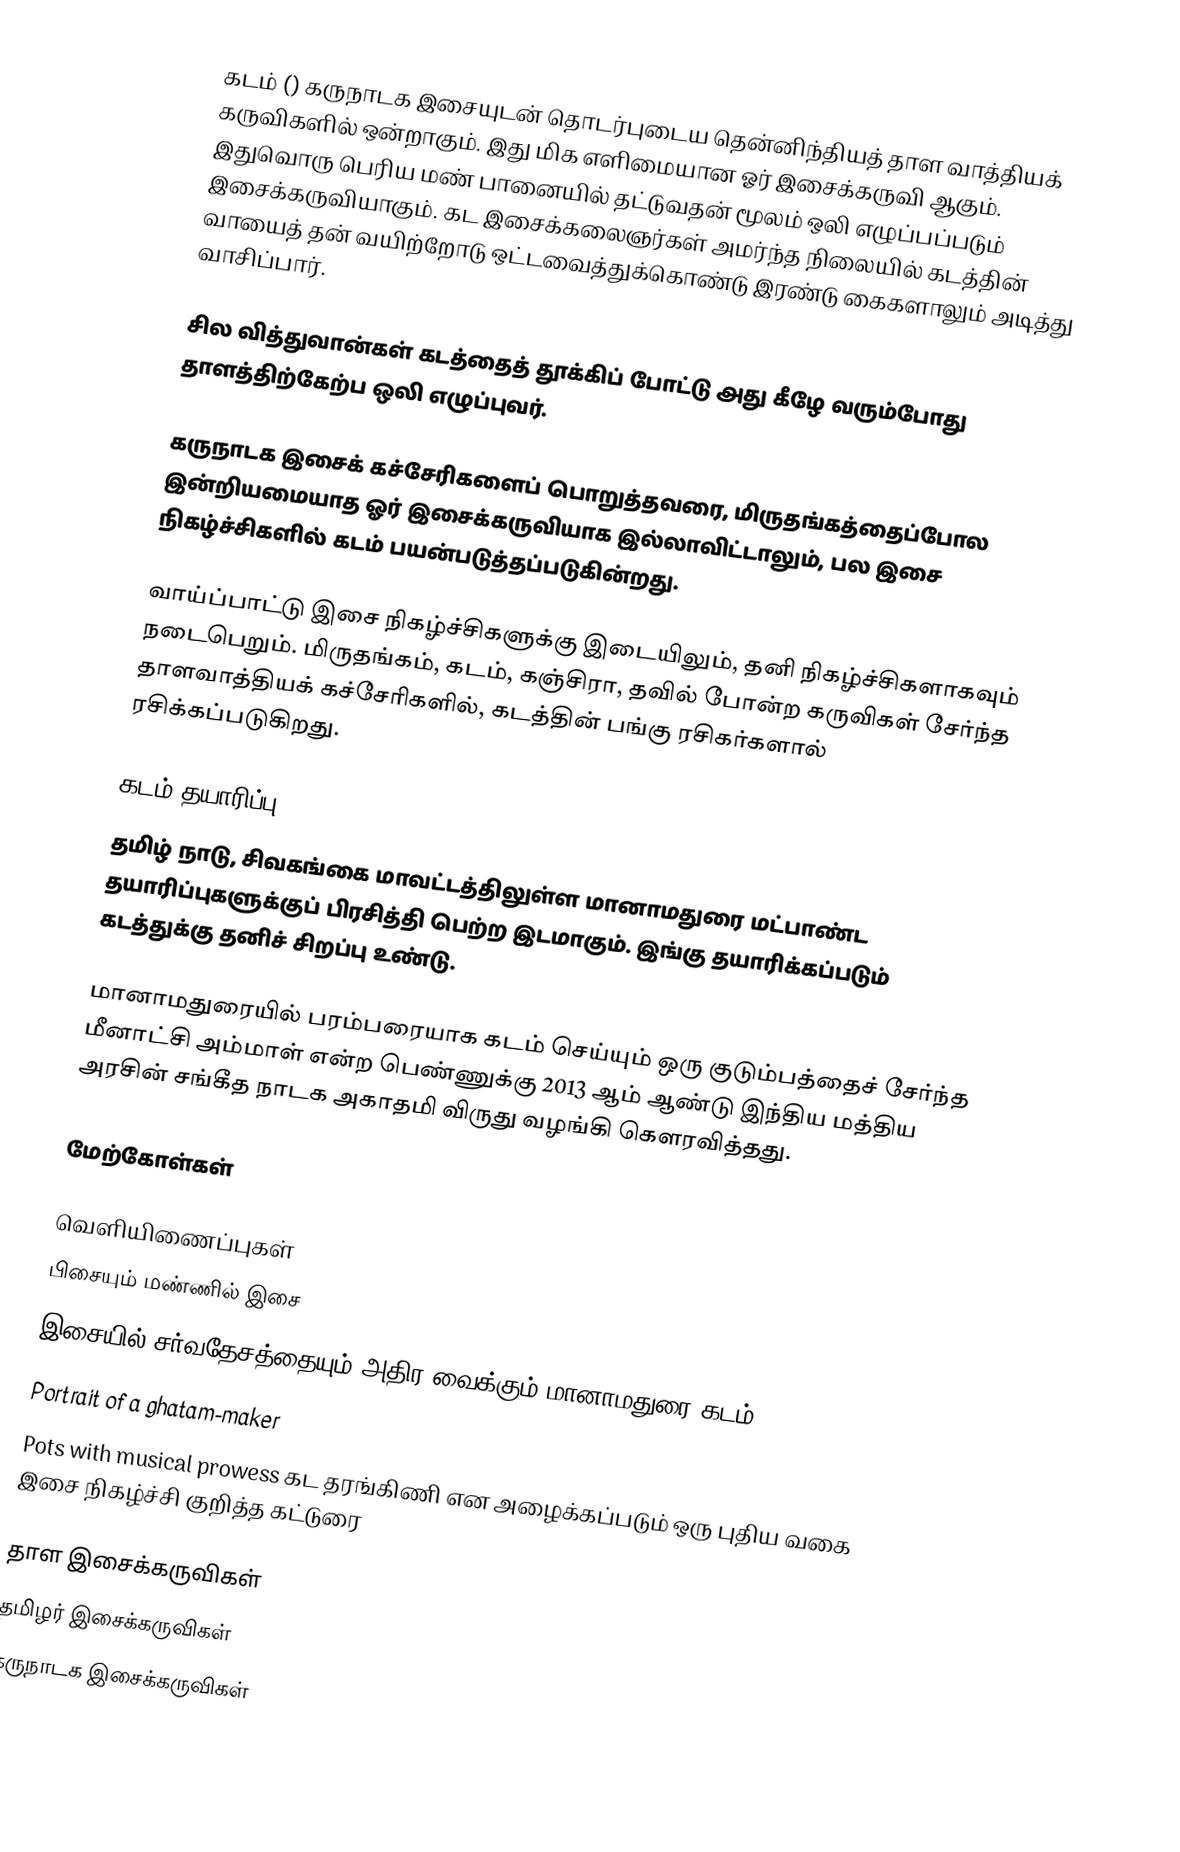
கடம் () கருநாடக இசையுடன் தொடர்புடைய தென்னிந்தியத் தாள வாத்தியக் கருவிகளில் ஒன்றாகும். இது மிக எளிமையான ஓர் இசைக்கருவி ஆகும். இதுவொரு பெரிய மண் பானையில் தட்டுவதன் மூலம் ஒலி எழுப்பப்படும் இசைக்கருவியாகும். கட இசைக்கலைஞர்கள் அமர்ந்த நிலையில் கடத்தின் வாயைத் தன் வயிற்றோடு ஒட்டவைத்துக்கொண்டு இரண்டு கைகளாலும் அடித்து வாசிப்பார்.

சில வித்துவான்கள் கடத்தைத் தூக்கிப் போட்டு அது கீழே வரும்போது தாளத்திற்கேற்ப ஒலி எழுப்புவர்.

கருநாடக இசைக் கச்சேரிகளைப் பொறுத்தவரை, மிருதங்கத்தைப்போல இன்றியமையாத ஓர் இசைக்கருவியாக இல்லாவிட்டாலும், பல இசை நிகழ்ச்சிகளில் கடம் பயன்படுத்தப்படுகின்றது.

வாய்ப்பாட்டு இசை நிகழ்ச்சிகளுக்கு இடையிலும், தனி நிகழ்ச்சிகளாகவும் நடைபெறும். மிருதங்கம், கடம், கஞ்சிரா, தவில் போன்ற கருவிகள் சேர்ந்த தாளவாத்தியக் கச்சேரிகளில், கடத்தின் பங்கு ரசிகர்களால் ரசிக்கப்படுகிறது.

கடம் தயாரிப்பு
தமிழ் நாடு, சிவகங்கை மாவட்டத்திலுள்ள மானாமதுரை மட்பாண்ட தயாரிப்புகளுக்குப் பிரசித்தி பெற்ற இடமாகும். இங்கு தயாரிக்கப்படும் கடத்துக்கு தனிச் சிறப்பு உண்டு.

மானாமதுரையில் பரம்பரையாக கடம் செய்யும் ஒரு குடும்பத்தைச் சேர்ந்த மீனாட்சி அம்மாள் என்ற பெண்ணுக்கு 2013 ஆம் ஆண்டு இந்திய மத்திய அரசின் சங்கீத நாடக அகாதமி விருது வழங்கி கௌரவித்தது.

மேற்கோள்கள்

வெளியிணைப்புகள்
 பிசையும் மண்ணில் இசை
 இசையில் சர்வதேசத்தையும் அதிர வைக்கும் மானாமதுரை கடம்
 Portrait of a ghatam-maker
 Pots with musical prowess கட தரங்கிணி என அழைக்கப்படும் ஒரு புதிய வகை இசை நிகழ்ச்சி குறித்த கட்டுரை

தாள இசைக்கருவிகள்
தமிழர் இசைக்கருவிகள்
கருநாடக இசைக்கருவிகள்